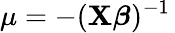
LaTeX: \mu=-(\mathbf{X}{\boldsymbol{\beta}})^{-1}\,